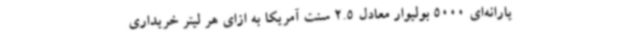
یارانه‌ای 5000 بولیوار معادل 2.5 سنت آمریکا به ازای هر لیتر خریداری